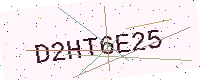
Text: D2HT6E25